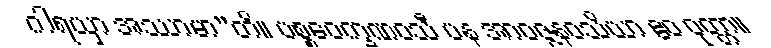
ဂါရယှာ အဿာမာ”တိ။ ပစ္စဝေက္ခဏဝသီ ပန အာဝဇ္ဇနဝသိယာ ဧဝ ဝုတ္တာ။